Petseri_perekonnanimede_kartoteek, lk 6
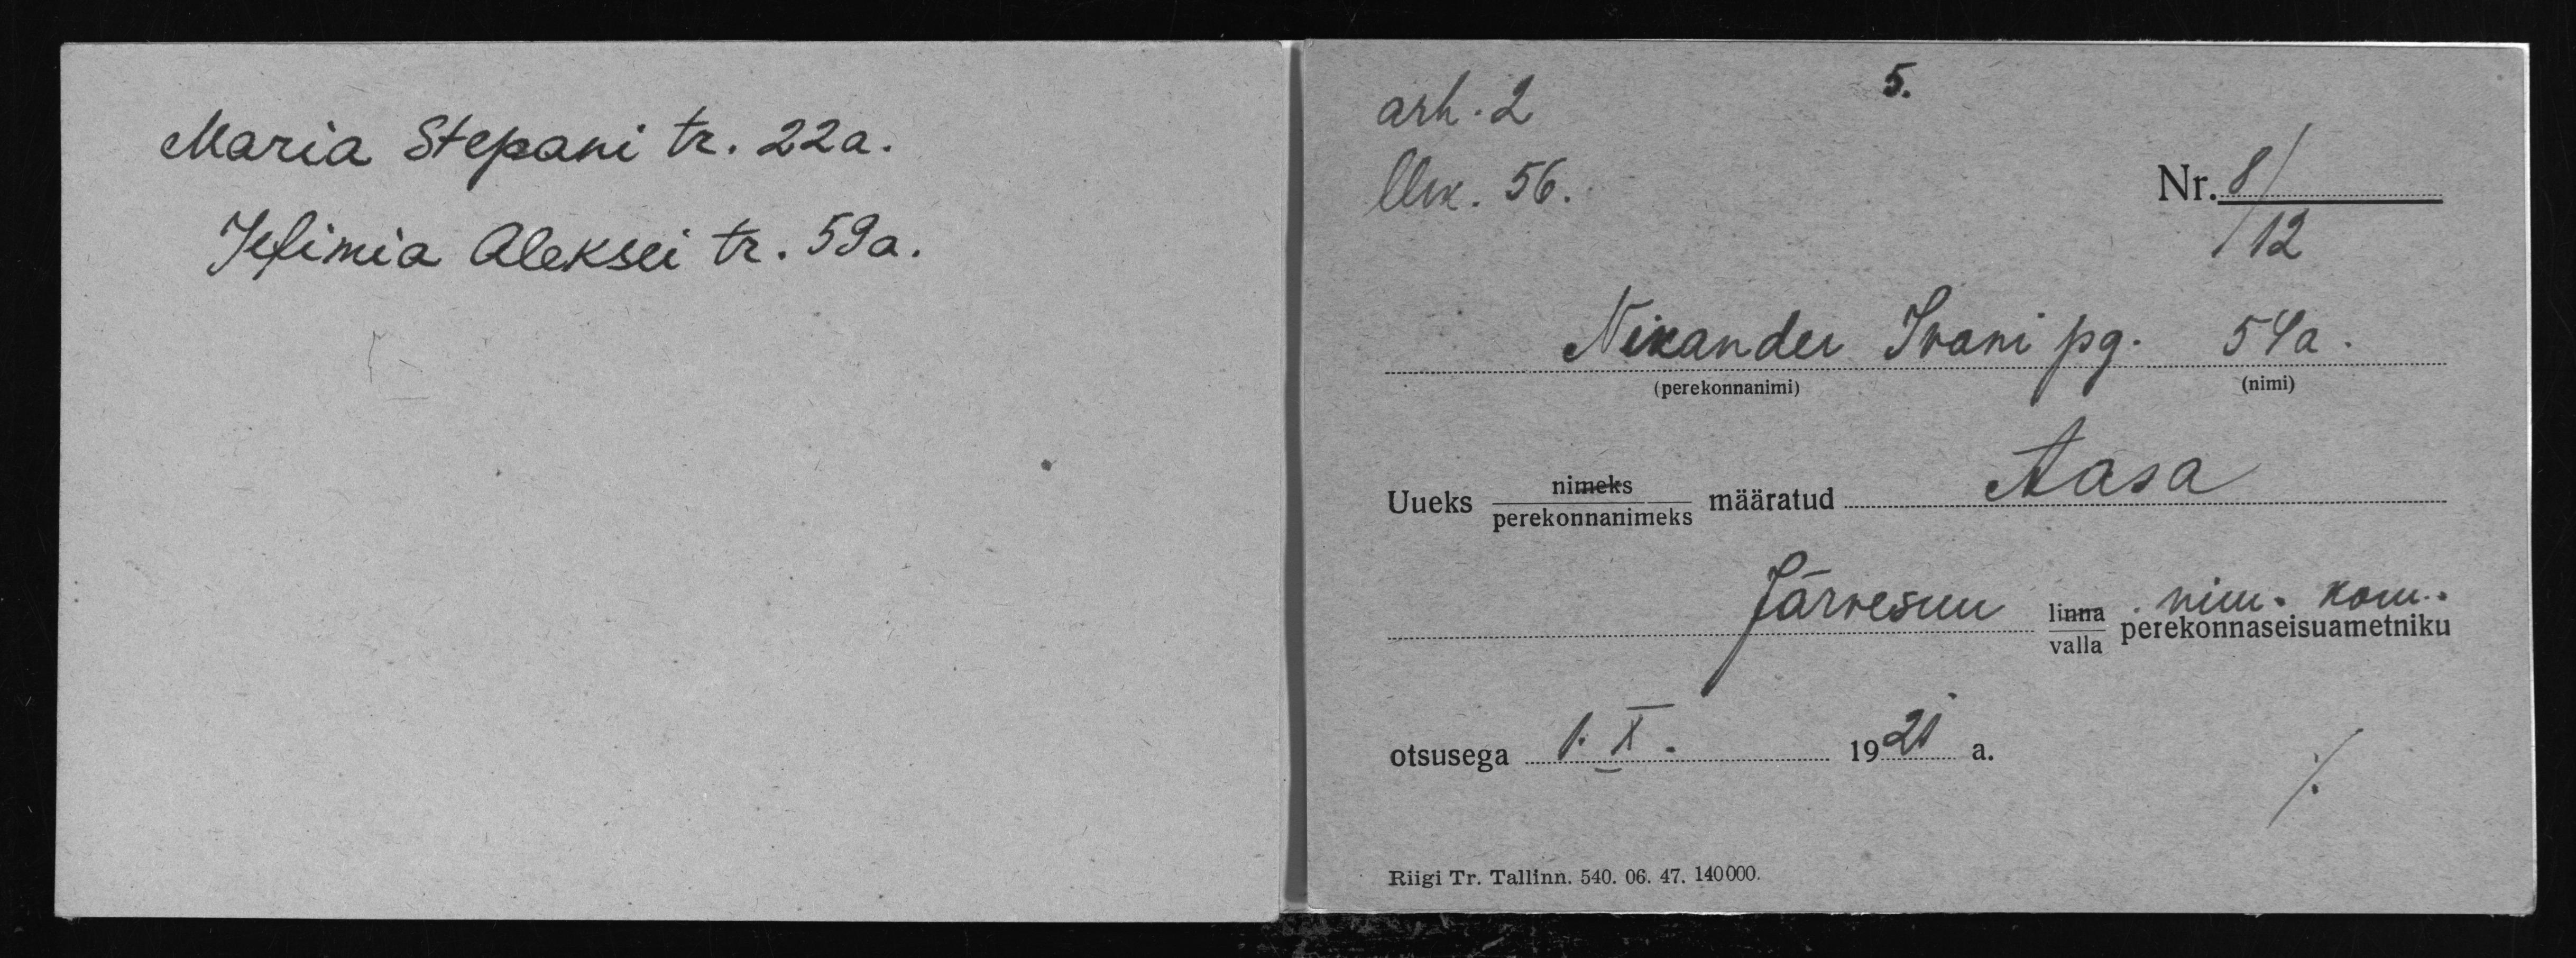
Maria Stepani tr. 22 a.
Jefimia Aleksei tr. 59 a.

arh. 2
Nr. 8/
lhk. 56.
/12
54a.
Nikander Ivani pg.
Aasa
Uueks perekonnanimeks määratud.
Järvesuu
otsusega 1. X. 1920 a.
Riigi Tr. Tallinn. 540. 06. 47. 140000.